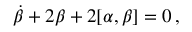
\dot { \beta } + 2 \beta + 2 [ \alpha , \beta ] = 0 \, ,